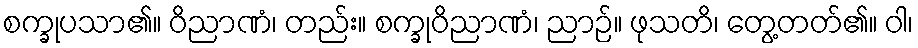
စက္ခုပသာ၏။ ဝိညာဏံ၊ တည်း။ စက္ခုဝိညာဏံ၊ ညာဉ်။ ဖုသတိ၊ တွေ့တတ်၏။ ဝါ၊